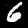
Digit: 6